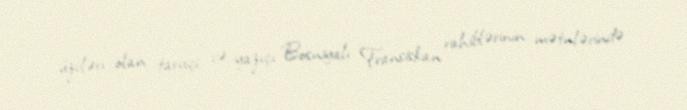
üzvləri olan tarixçi və yazıçı Bosniyalı Fransiskan rahiblərinin mətnlərində